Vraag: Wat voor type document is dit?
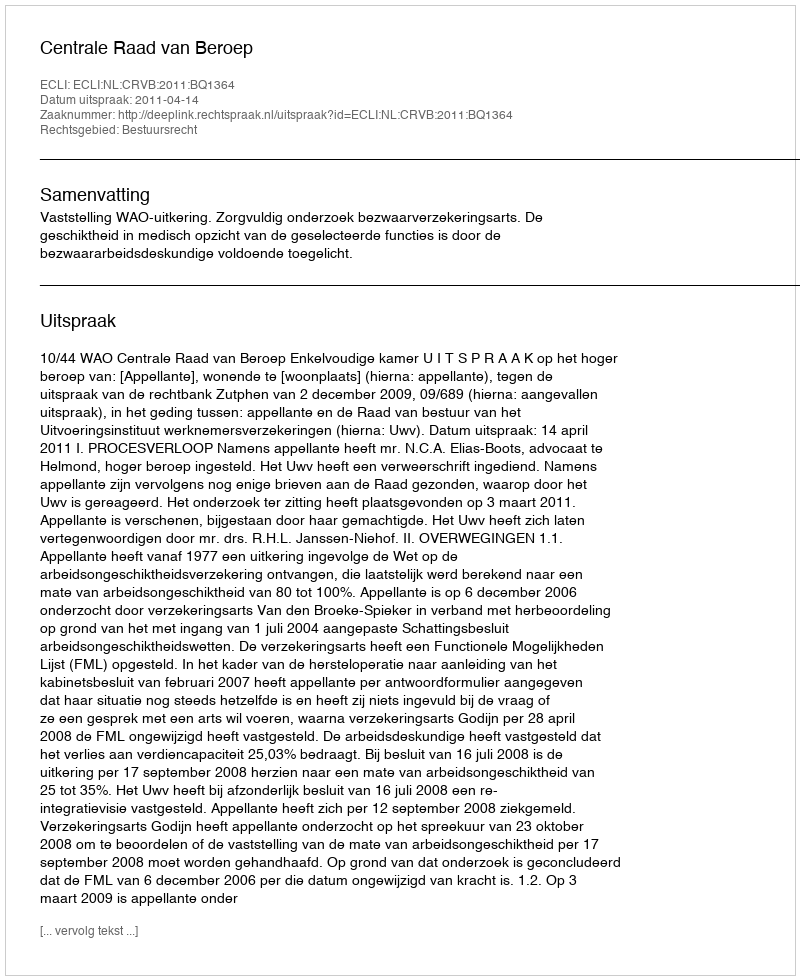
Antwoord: Uitspraak